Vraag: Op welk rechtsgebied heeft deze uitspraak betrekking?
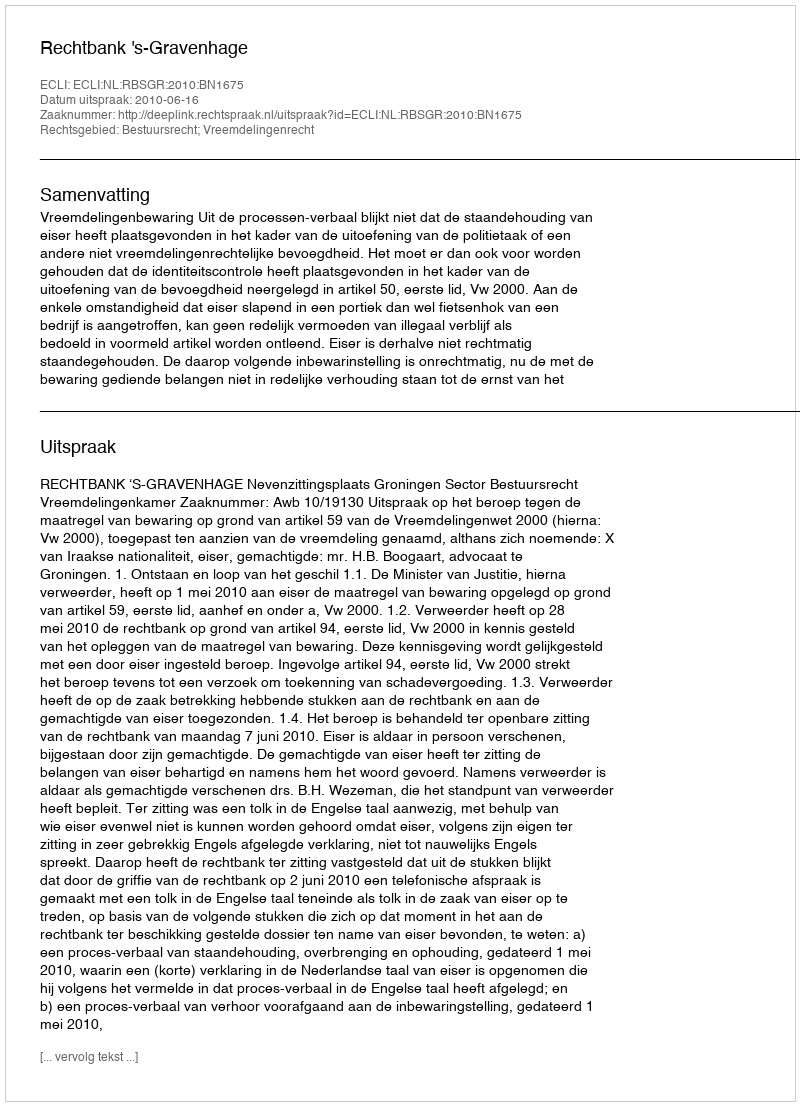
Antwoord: Bestuursrecht; Vreemdelingenrecht